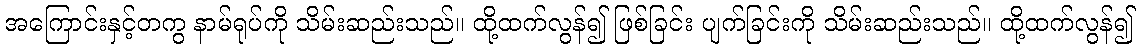
အကြောင်းနှင့်တကွ နာမ်ရုပ်ကို သိမ်းဆည်းသည်။ ထို့ထက်လွန်၍ ဖြစ်ခြင်း ပျက်ခြင်းကို သိမ်းဆည်းသည်။ ထို့ထက်လွန်၍